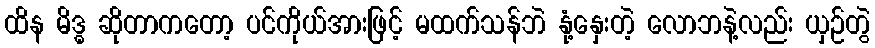
ထိန မိဒ္ဓ ဆိုတာကတော့ ပင်ကိုယ်အားဖြင့် မထက်သန်ဘဲ နုံ့နှေးတဲ့ လောဘနဲ့လည်း ယှဉ်တွဲ